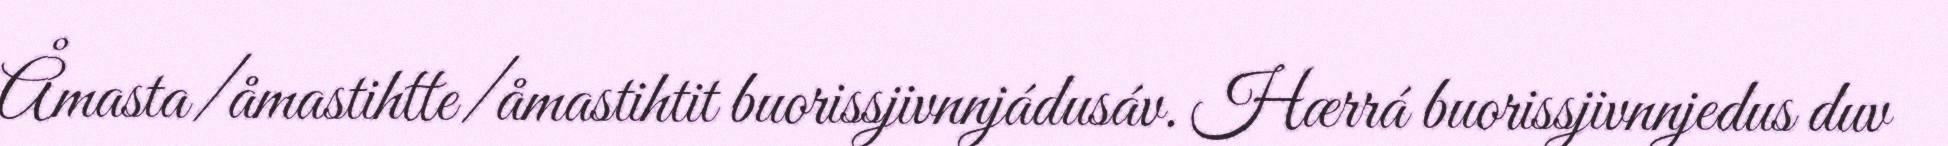
Åmasta/åmastihtte/åmastihtit buorissjivnnjádusáv. Hærrá buorissjivnnjedus duv